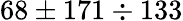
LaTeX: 68\pm 171\div 133